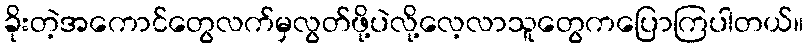
ခိုးတဲ့အကောင်တွေလက်မှလွတ်ဖို့ပဲလို့လေ့လာသူတွေကပြောကြပါတယ်။